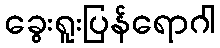
ခွေးရူးပြန်ရောဂါ